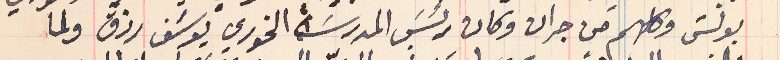
بولسَ وكلهم من جران وكان رئيسَ المدرسَة الخورى يوسَف رزق ولما